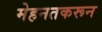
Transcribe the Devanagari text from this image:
मेहनतकरून